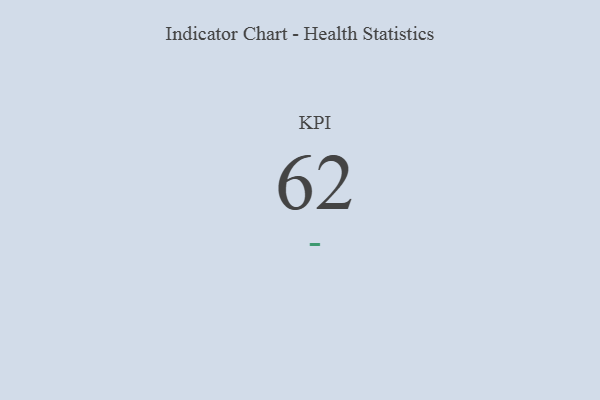
{"axis": {"x": "KPI", "y": "Value"}, "legend": [""], "data": [{"x": "KPI", "y": 62, "type": ""}]}